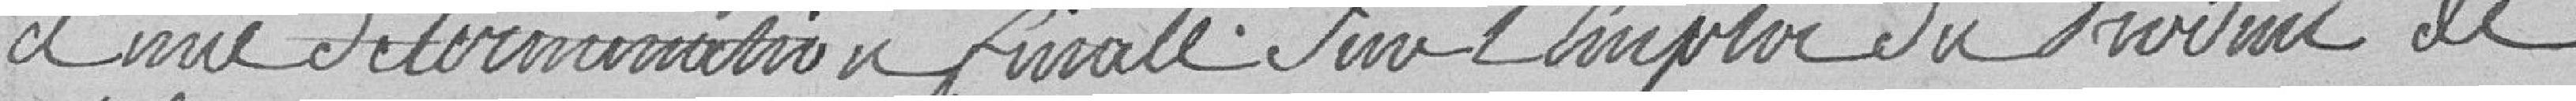
et une détermination finale sur l'emploi du produit de